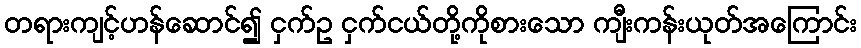
တရားကျင့်ဟန်ဆောင်၍ ငှက်ဥ ငှက်ငယ်တို့ကိုစားသော ကျီးကန်းယုတ်အကြောင်း